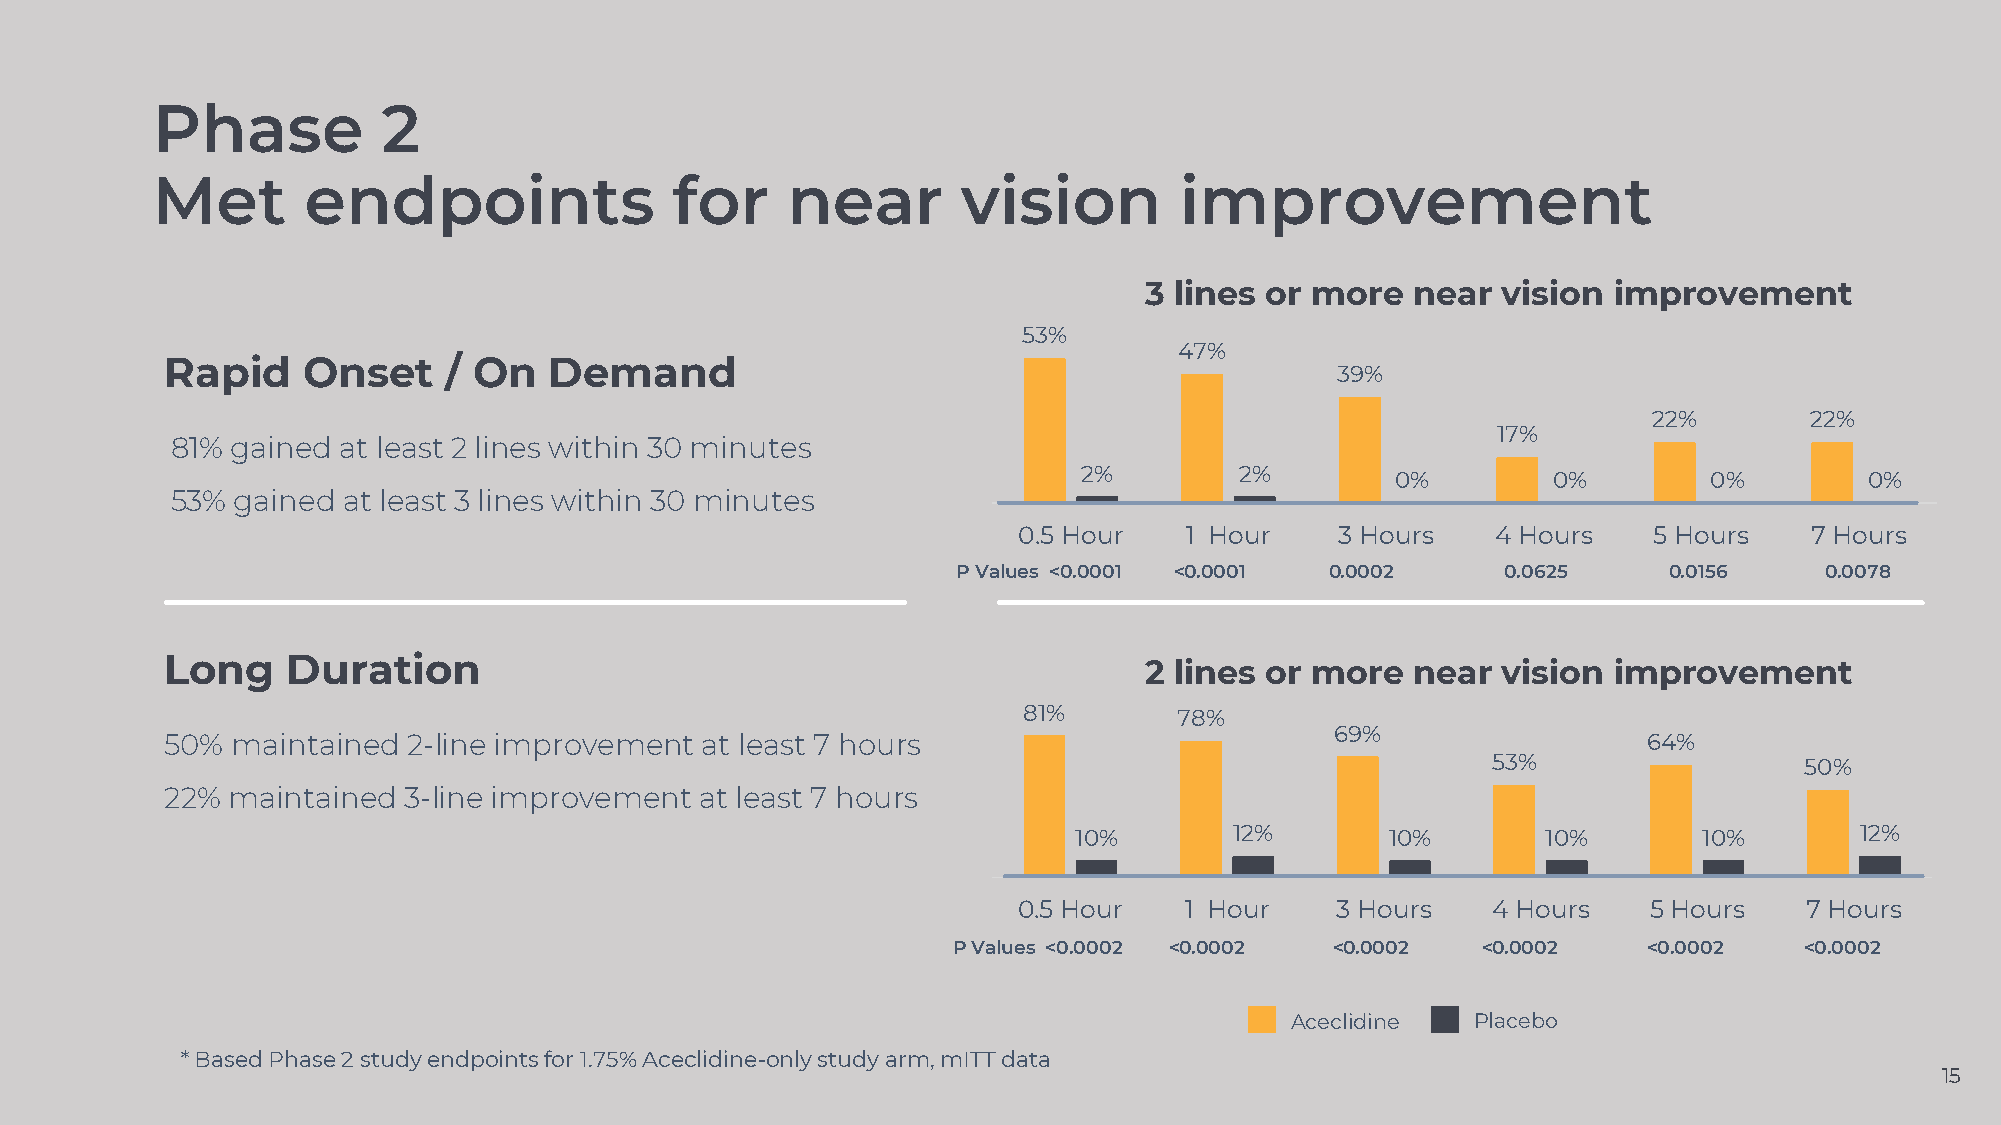
Phase          2
 Met       endpoints                for    near        vision        improvement
 3 lines or more   near vision  improvement
 53%
 47%
 Rapid    Onset    / On   Demand
 39%
 22%        22%
 17%
 81% gained at least 2 lines within 30 minutes
 2%        2%
 0%         0%        0%         0%
 53%  gained at least 3 lines within 30 minutes
 0.5 Hour   1 Hour     3 Hours   4 Hours   5 Hours    7 Hours
 P Values <0.0001 <0.0001 0.0002      0.0625    0.0156     0.0078
 Long    Duration
 2 lines or more   near vision  improvement
 81%       78%
 69%
 50% maintained  2-line improvement at least 7 hours                                               64%
 53%                 50%
 22% maintained  3-line improvement at least 7 hours
 10%        12%       10%       10%        10%       12%
 0.5 Hour   1 Hour    3 Hours    4 Hours   5 Hours    7 Hours
 P Values <0.0002 <0.0002 <0.0002   <0.0002    <0.0002   <0.0002
 Aceclidine   Placebo
 * Based Phase 2 study endpoints for 1.75% Aceclidine-only study arm, mITTdata
 15